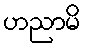
ဟညာမိ